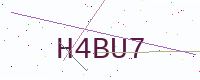
Text: H4BU7